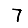
Digit: 7